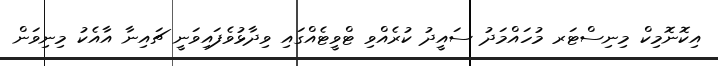
އިކޮނޮމިކް މިނިސްޓަރ މުހައްމަދު ސައީދު ކުރެއްވި ޓްވީޓެއްގައި ވިދާޅުވެފައިވަނީ ޗައިނާ އާއެކު މިނިވަން